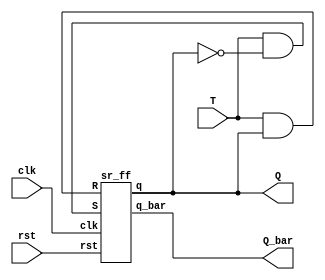
`timescale 1ns / 1ps
//////////////////////////////////////////////////////////////////////////////////
// Company: 
// Engineer: 
// 
// Design Name: 
// Module Name:    tsr 
// Project Name: 
// Target Devices: 
// Tool versions: 
// Description: 
//
// Dependencies: 
//
// Revision: 
// Revision 0.01 - File Created
// Additional Comments: 
//
//////////////////////////////////////////////////////////////////////////////////
module tsr(clk,rst,T,Q,Q_bar);
input clk,rst,T;
output Q,Q_bar;
wire w1,w2;

assign w1 = T & ~Q;
assign w2 = T & Q;

sr_ff SRF(clk,rst,w1,w2,Q,Q_bar);

endmodule

module sr_ff(clk,rst,S,R, q,q_bar);
input clk,rst,S,R;
output reg q;
output q_bar;
always@(posedge clk)
begin
if(!rst) begin
  case({S,R})
    2'b00: q <= q;
  2'b01: q <= 1'b0;
  2'b10: q <= 1'b1;
  2'b11: q <= 1'bx;
  endcase
end
else
q <= 1'b0;
end

assign q_bar = ~q;
endmodule